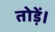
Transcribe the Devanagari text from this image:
तोड़ें।